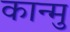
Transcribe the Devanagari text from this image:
कान्मु